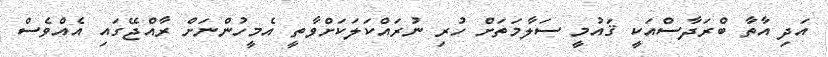
އަދި އާތާ ބްރަދާސްއަކީ ޤައުމީ ސަލާމަތަށް ހުރި ނުރައްކަލަކަށްވާތީ އެމީހުންނަށް ރާއްޖޭގައި އެއްވެސް